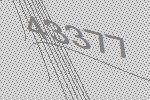
43377